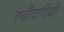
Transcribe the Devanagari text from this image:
रुढीवादियों